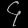
Digit: ၄